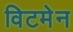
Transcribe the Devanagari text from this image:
विटमेन